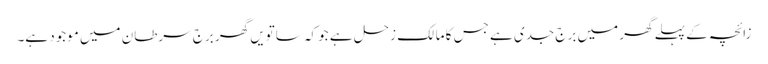
زائچہ کے پہلے گھر میں برجِ جدی ہے جس کا مالک زحل ہے جو کہ ساتویں گھر برجِ سرطان میں موجود ہے۔